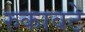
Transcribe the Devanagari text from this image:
रुकावटे